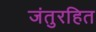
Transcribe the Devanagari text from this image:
जंतुरहित